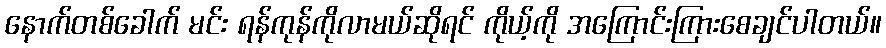
နောက်တစ်ခေါက် မင်း ရန်ကုန်ကိုလာမယ်ဆိုရင် ကိုယ့်ကို အကြောင်းကြားစေချင်ပါတယ်။